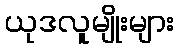
ယုဒလူမျိုးများ